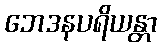
ဘေဒနပရိယန္တာ